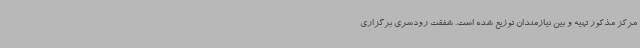
مرکز مذکور تهیه و بین نیازمندان توزیع شده است. شفقت رودسری برگزاری